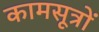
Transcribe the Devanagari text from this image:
कामसूत्रों